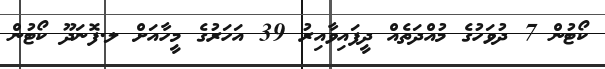
ކޯޓުން 7 ދުވަހުގެ މުއްދަތެއް ދީފައިވާއިރު 39 އަހަރުގެ މީހާއަށް ލ.ފޮނަދޫޫ ކޯޓުން